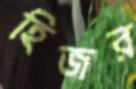
হিজর